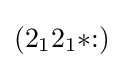
(2_{1}2_{1}{*}{:})